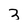
Character: 3